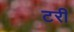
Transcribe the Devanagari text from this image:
टरी